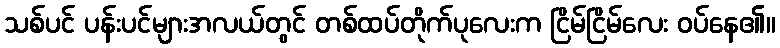
သစ်ပင် ပန်းပင်များအလယ်တွင် တစ်ထပ်တိုက်ပုလေးက ငြိမ်ငြိမ်လေး ဝပ်နေ၏။